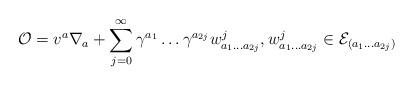
LaTeX: \begin{align*} {\fam2 O} = v^a\nabla_a+\sum\limits_{j=0}^\infty\gamma^{a_1}\ldots\gamma^{a_{2j}}w^j_{a_1\ldots a_{2j}}, w^j_{a_1\ldots a_{2j}}\in {\mathcal E}_{(a_1\ldots a_{2j})}\end{align*}